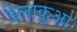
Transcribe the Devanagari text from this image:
डेलाकुआ